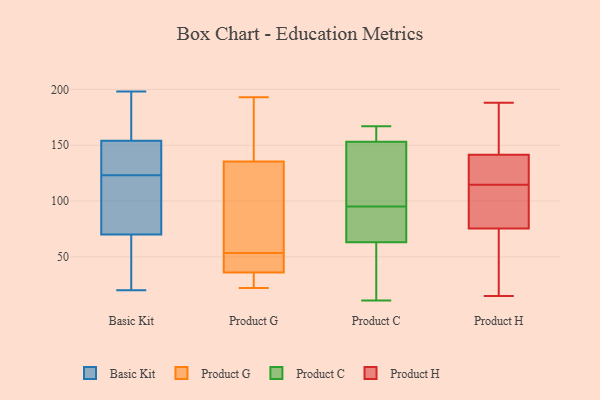
{"axis": {"x": "Page Views", "y": "Value"}, "legend": ["Basic Kit", "Product C", "Product G", "Product H"], "data": [{"x": "", "y": 147, "type": "Basic Kit"}, {"x": "", "y": 159, "type": "Basic Kit"}, {"x": "", "y": 173, "type": "Basic Kit"}, {"x": "", "y": 20, "type": "Basic Kit"}, {"x": "", "y": 122, "type": "Basic Kit"}, {"x": "", "y": 49, "type": "Basic Kit"}, {"x": "", "y": 70, "type": "Basic Kit"}, {"x": "", "y": 198, "type": "Basic Kit"}, {"x": "", "y": 89, "type": "Basic Kit"}, {"x": "", "y": 134, "type": "Basic Kit"}, {"x": "", "y": 154, "type": "Basic Kit"}, {"x": "", "y": 52, "type": "Basic Kit"}, {"x": "", "y": 117, "type": "Basic Kit"}, {"x": "", "y": 124, "type": "Basic Kit"}, {"x": "", "y": 193, "type": "Product G"}, {"x": "", "y": 192, "type": "Product G"}, {"x": "", "y": 94, "type": "Product G"}, {"x": "", "y": 58, "type": "Product G"}, {"x": "", "y": 54, "type": "Product G"}, {"x": "", "y": 39, "type": "Product G"}, {"x": "", "y": 48, "type": "Product G"}, {"x": "", "y": 31, "type": "Product G"}, {"x": "", "y": 22, "type": "Product G"}, {"x": "", "y": 111, "type": "Product G"}, {"x": "", "y": 53, "type": "Product G"}, {"x": "", "y": 170, "type": "Product G"}, {"x": "", "y": 36, "type": "Product G"}, {"x": "", "y": 160, "type": "Product G"}, {"x": "", "y": 87, "type": "Product G"}, {"x": "", "y": 37, "type": "Product G"}, {"x": "", "y": 36, "type": "Product G"}, {"x": "", "y": 36, "type": "Product G"}, {"x": "", "y": 170, "type": "Product G"}, {"x": "", "y": 35, "type": "Product G"}, {"x": "", "y": 119, "type": "Product C"}, {"x": "", "y": 140, "type": "Product C"}, {"x": "", "y": 35, "type": "Product C"}, {"x": "", "y": 117, "type": "Product C"}, {"x": "", "y": 90, "type": "Product C"}, {"x": "", "y": 165, "type": "Product C"}, {"x": "", "y": 153, "type": "Product C"}, {"x": "", "y": 100, "type": "Product C"}, {"x": "", "y": 63, "type": "Product C"}, {"x": "", "y": 167, "type": "Product C"}, {"x": "", "y": 18, "type": "Product C"}, {"x": "", "y": 63, "type": "Product C"}, {"x": "", "y": 54, "type": "Product C"}, {"x": "", "y": 90, "type": "Product C"}, {"x": "", "y": 161, "type": "Product C"}, {"x": "", "y": 11, "type": "Product C"}, {"x": "", "y": 81, "type": "Product C"}, {"x": "", "y": 157, "type": "Product C"}, {"x": "", "y": 107, "type": "Product H"}, {"x": "", "y": 15, "type": "Product H"}, {"x": "", "y": 127, "type": "Product H"}, {"x": "", "y": 105, "type": "Product H"}, {"x": "", "y": 163, "type": "Product H"}, {"x": "", "y": 125, "type": "Product H"}, {"x": "", "y": 188, "type": "Product H"}, {"x": "", "y": 107, "type": "Product H"}, {"x": "", "y": 66, "type": "Product H"}, {"x": "", "y": 30, "type": "Product H"}, {"x": "", "y": 166, "type": "Product H"}, {"x": "", "y": 85, "type": "Product H"}, {"x": "", "y": 122, "type": "Product H"}, {"x": "", "y": 156, "type": "Product H"}, {"x": "", "y": 60, "type": "Product H"}, {"x": "", "y": 122, "type": "Product H"}]}